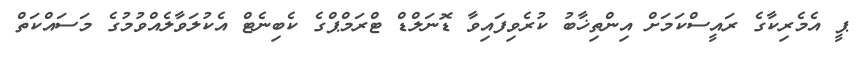
ޕީ އެމެރިކާގެ ރައީސްކަމަށް އިންތިޚާބު ކުރެވިފައިވާ ޑޮނަލްޑް ޓްރަމްޕްގެ ކެބިނެޓް އެކުލަވާލެއްވުމުގެ މަސައްކަތް